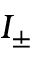
I _ { \pm }